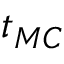
t _ { M C }